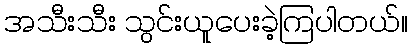
အသီးသီး သွင်းယူပေးခဲ့ကြပါတယ်။